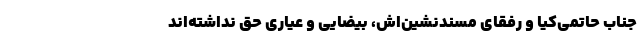
جناب حاتمی‌کیا و رفقای مسندنشین‌اش، بیضایی و عیاری حق نداشته‌اند